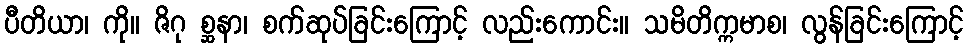
ပီတိယာ၊ ကို။ ဇိဂု စ္ဆနာ၊ စက်ဆုပ်ခြင်းကြောင့် လည်းကောင်း။ သမိတိက္ကမာစ၊ လွန်ခြင်းကြောင့်